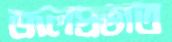
জলপ্রভাত